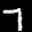
Label: 7